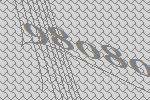
98080